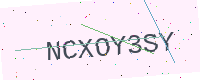
Text: NCXOY3SY